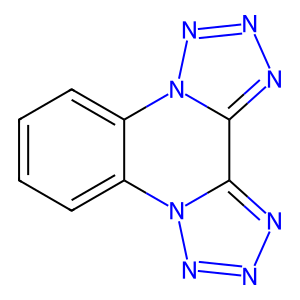
SMILES: c1ccc2c(c1)-n1nnnc1-c1nnnn1-2
Inhibits HIV replication: No